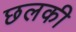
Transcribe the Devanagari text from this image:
छलकी